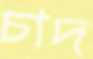
চাদ